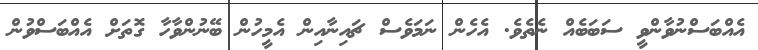
އެއްބަސްނުވާންވީ ސަބަބެއް ނެތެވެ. އެހެން ނަމަވެސް ޗައިނާއިން އެމީހުން ބޭނުންވާހާ ގޮތަށް އެއްބަސްވުން